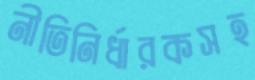
নীতিনির্ধারকসহ